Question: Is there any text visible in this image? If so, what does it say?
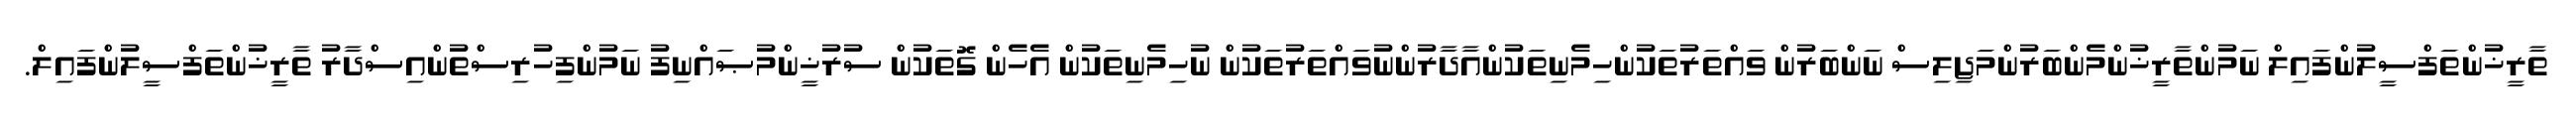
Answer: ތާރީޚުންތަފްސީލުންފައިލް ނަމުންތާރީޚުންމެންބަރުންމަޖިލިސް ނަންބަރުން ވައްތަރުތަކުންހިމެނިތަކުންއާދާރުންނުވައްތަރުތަކުން ނުހިމެނިތަކުން އެހެން ގޮތަކުން ސުރުޚީންމުޞައްނިފު ނަމުންފިހުރިސްތުންއިސްދާރު ތާރީޚުންތަފްސީލުންފައިލް.